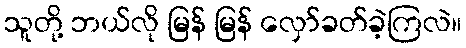
သူတို့ ဘယ်လို မြန် မြန် လှော်ခတ်ခဲ့ကြလဲ။